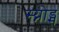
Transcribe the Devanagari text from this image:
स्य्नोड्स